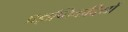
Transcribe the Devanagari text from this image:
प्रज्ञप्तिवादियों